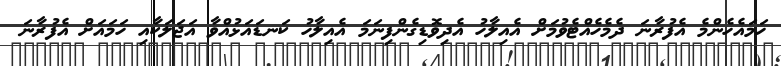
ހަމައެހެންމެ އެފުރާނަ ދެމެހެއްޓެވުމަށް އެއިލާހު އެދިވޮޑިގެންފިނަމަ އެއިލާހު ކަނޑައަޅުއްވާ އަޖަލަކާއި ހަމައަށް އެފުރާނަ